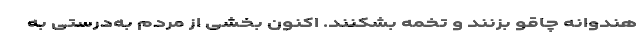
هندوانه چاقو بزنند و تخمه بشکنند. اکنون بخشی از مردم به‌درستی به